Annual report on the Civil Veterinary Department, Burma (including the Insein Veterinary School) - 1910-1922
Year: 1910
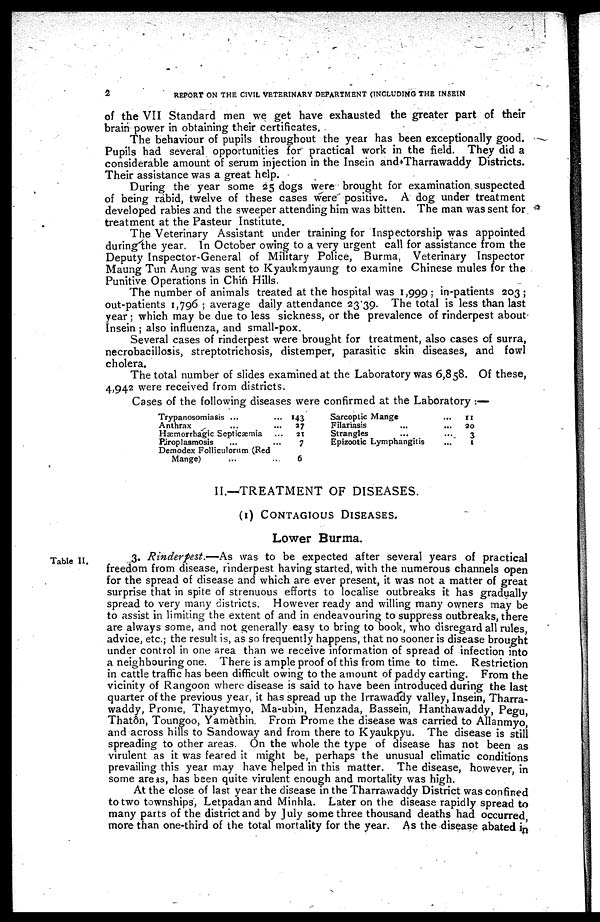
2
REPORT ON THE CIVIL VETERINARY DEPARTMENT (INCLUDING THE INSEIN
of the VII Standard men we get have exhausted the greater part of their
brain power in obtaining their certificates.
The behaviour of pupils throughout the year has been exceptionally good.
Pupils had several opportunities for practical work in the field. They did a
considerable amount of serum injection in the Insein and Tharrawaddy Districts.
Their assistance was a great help.
During the year some 25 dogs were brought for examination suspected
of being rabid, twelve of these cases were positive. A dog under treatment
developed rabies and the sweeper attending him was bitten. The man was sent for
treatment at the Pasteur Institute.
The Veterinary Assistant under training for Inspectorship was appointed
during the year. In October owing to a very urgent call for assistance from the
Deputy Inspector-General of Military Police, Burma, Veterinary Inspector
Maung Tun Aung was sent to Kyaukmyaung to examine Chinese mules for the
Punitive Operations in Chin Hills.
The number of animals treated at the hospital was 1,999; in-patients 203;
out-patients 1,796; average daily attendance 23.39. The total is less than last
year; which may be due to less sickness, or the prevalence of rinderpest about
Insein; also influenza, and small-pox.
Several cases of rinderpest were brought for treatment, also cases of surra,
necrobacillosis, streptotrichosis, distemper, parasitic skin diseases, and fowl
cholera.
The total number of slides examined at the Laboratory was 6,858. Of these,
4,942 were received from districts.
Cases of the following diseases were confirmed at the Laboratory:—
Trypanosomiasis ...
Anthrax ... ...
Hæmorrhagic Septicæmia ...
Piroplasmosis ... ...
Demodex Folliculorum (Red
Mange) ... ...
143
37
21
7
6
Sarcoptic Mange ...
Filariasis ... ...
Strangles ... ...
Epizootic Lymphangitis ...
11
20
3
1
II.—TREATMENT OF DISEASES.
(1) CONTAGIOUS DISEASES.
Lower Burma.
Table II.
3. Rinderpest.—As was to be expected after several years of practical
freedom from disease, rinderpest having started, with the numerous channels open
for the spread of disease and which are ever present, it was not a matter of great
surprise that in spite of strenuous efforts to localise outbreaks it has gradually
spread to very many districts. However ready and willing many owners may be
to assist in limiting the extent of and in endeavouring to suppress outbreaks, there
are always some, and not generally easy to bring to book, who disregard all rules
advice, etc.; the result is, as so frequently happens, that no sooner is disease brought
under control in one area than we receive information of spread of infection into
a neighbouring one. There is ample proof of this from time to time. Restriction
in cattle traffic has been difficult owing to the amount of paddy carting. From the
vicinity of Rangoon where disease is said to have been introduced during the last
quarter of the previous year, it has spread up the Irrawaddy valley, Insein, Tharra-
waddy, Prome, Thayetmyo, Ma.ubin, Henzada, Bassein, Hanthawaddy, Pegu,
Thatôn, Toungoo, Yamèthin. From Prome the disease was carried to Allanmyo,
and across hills to Sandoway and from there to Kyaukpyu. The disease is still
spreading to other areas. On the whole the type of disease has not been as
virulent as it was feared it might be, perhaps the unusual climatic conditions
prevailing this year may have helped in this matter. The disease, however in
some areas, has been quite virulent enough and mortality was high.
At the close of last year the disease in the Tharrawaddy District was confined
to two townships, Letpadan and Minhla. Later on the disease rapidly spread to
many parts of the district and by July some three thousand deaths had occurred
more than one-third of the total mortality for the year. As the disease abated in